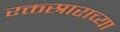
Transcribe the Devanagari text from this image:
रक्तस्राराच्या